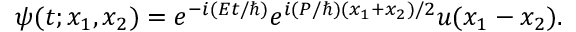
\psi ( t ; x _ { 1 } , x _ { 2 } ) = e ^ { - i ( { E t } / { \hbar } ) } e ^ { i ( { P } / { \hbar } ) { ( x _ { 1 } + x _ { 2 } ) } / { 2 } } u ( x _ { 1 } - x _ { 2 } ) .